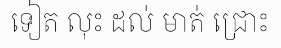
ទៀត លុះ ដល់ មាត់ ជ្រោះ